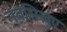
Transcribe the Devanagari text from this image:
नवसिखुए